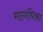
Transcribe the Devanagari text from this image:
मागधिका